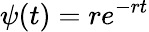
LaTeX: \psi(t)=re^{-rt}